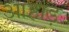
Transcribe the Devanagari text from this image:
आहाड़